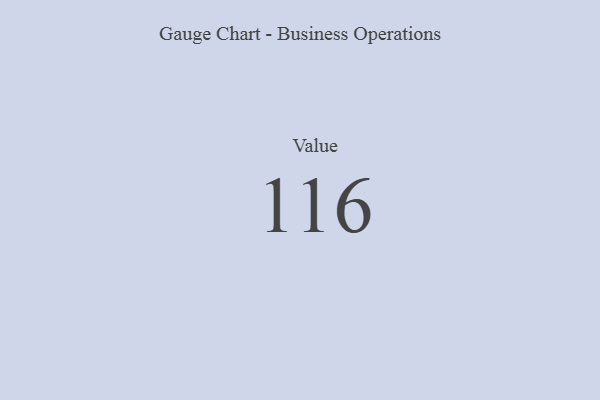
{"axis": {"x": "Metric", "y": "Value"}, "legend": [""], "data": [{"x": "Value", "y": 116, "type": ""}]}